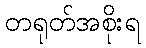
တရုတ်အစိုးရ